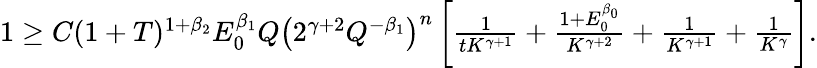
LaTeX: \begin{array}{r}{1\geq C(1+T)^{1+\beta_{2}}E_{0}^{\beta_{1}}Q\left(2^{\gamma+2}Q^{-\beta_{1}}\right)^{n}\left[\frac{1}{tK^{\gamma+1}}+\frac{1+E_{0}^{\beta_{0}}}{K^{\gamma+2}}+\frac{1}{K^{\gamma+1}}+\frac{1}{K^{\gamma}}\right].}\end{array}